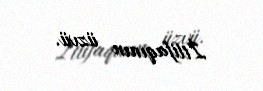
İttifaqının üzvü.